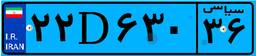
۲۲D۶۳۰۳۶